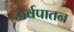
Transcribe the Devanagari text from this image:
ऊर्वपातन